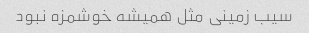
سیب زمینی مثل همیشه خوشمزه نبود